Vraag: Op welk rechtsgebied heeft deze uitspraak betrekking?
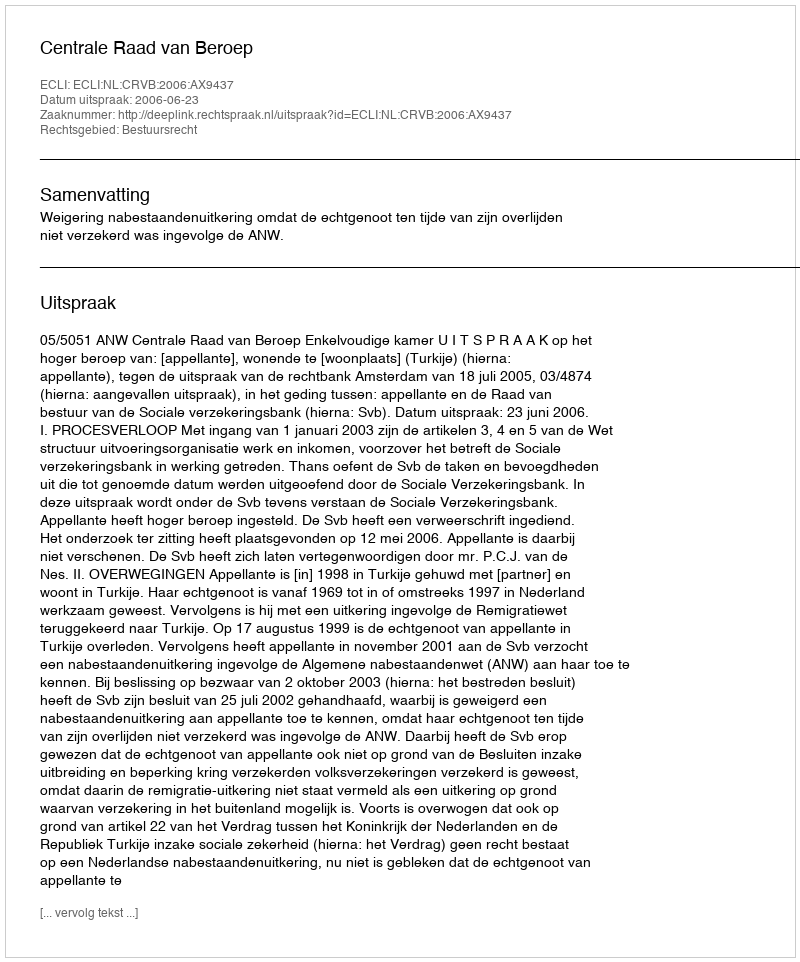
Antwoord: Bestuursrecht